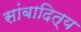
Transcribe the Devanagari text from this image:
सांबादित्य